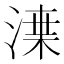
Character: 𱧌